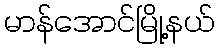
မာန်အောင်မြို့နယ်